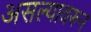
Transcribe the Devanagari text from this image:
असल्यावरुन